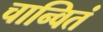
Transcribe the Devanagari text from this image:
चान्वितं